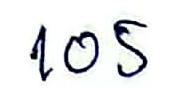
105